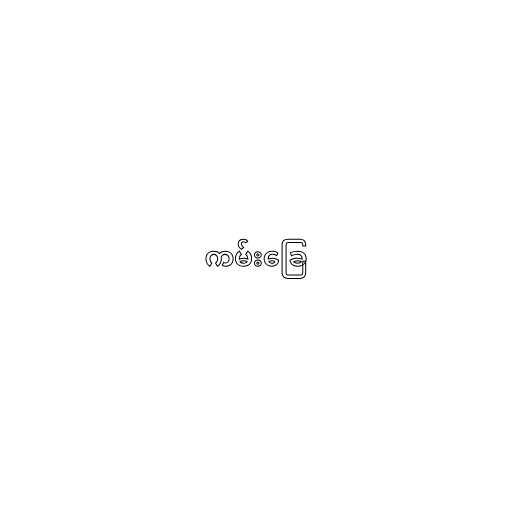
ကမ်းခြေ